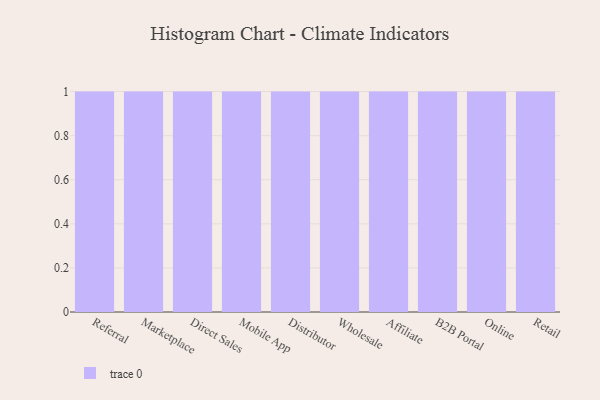
{"axis": {"x": "Channel", "y": "Inventory Turnover"}, "legend": [""], "data": [{"x": "Referral", "y": 27, "type": ""}, {"x": "Marketplace", "y": 32, "type": ""}, {"x": "Direct Sales", "y": 47, "type": ""}, {"x": "Mobile App", "y": 4, "type": ""}, {"x": "Distributor", "y": 49, "type": ""}, {"x": "Wholesale", "y": 3, "type": ""}, {"x": "Affiliate", "y": 44, "type": ""}, {"x": "B2B Portal", "y": 84, "type": ""}, {"x": "Online", "y": 8, "type": ""}, {"x": "Retail", "y": 50, "type": ""}]}